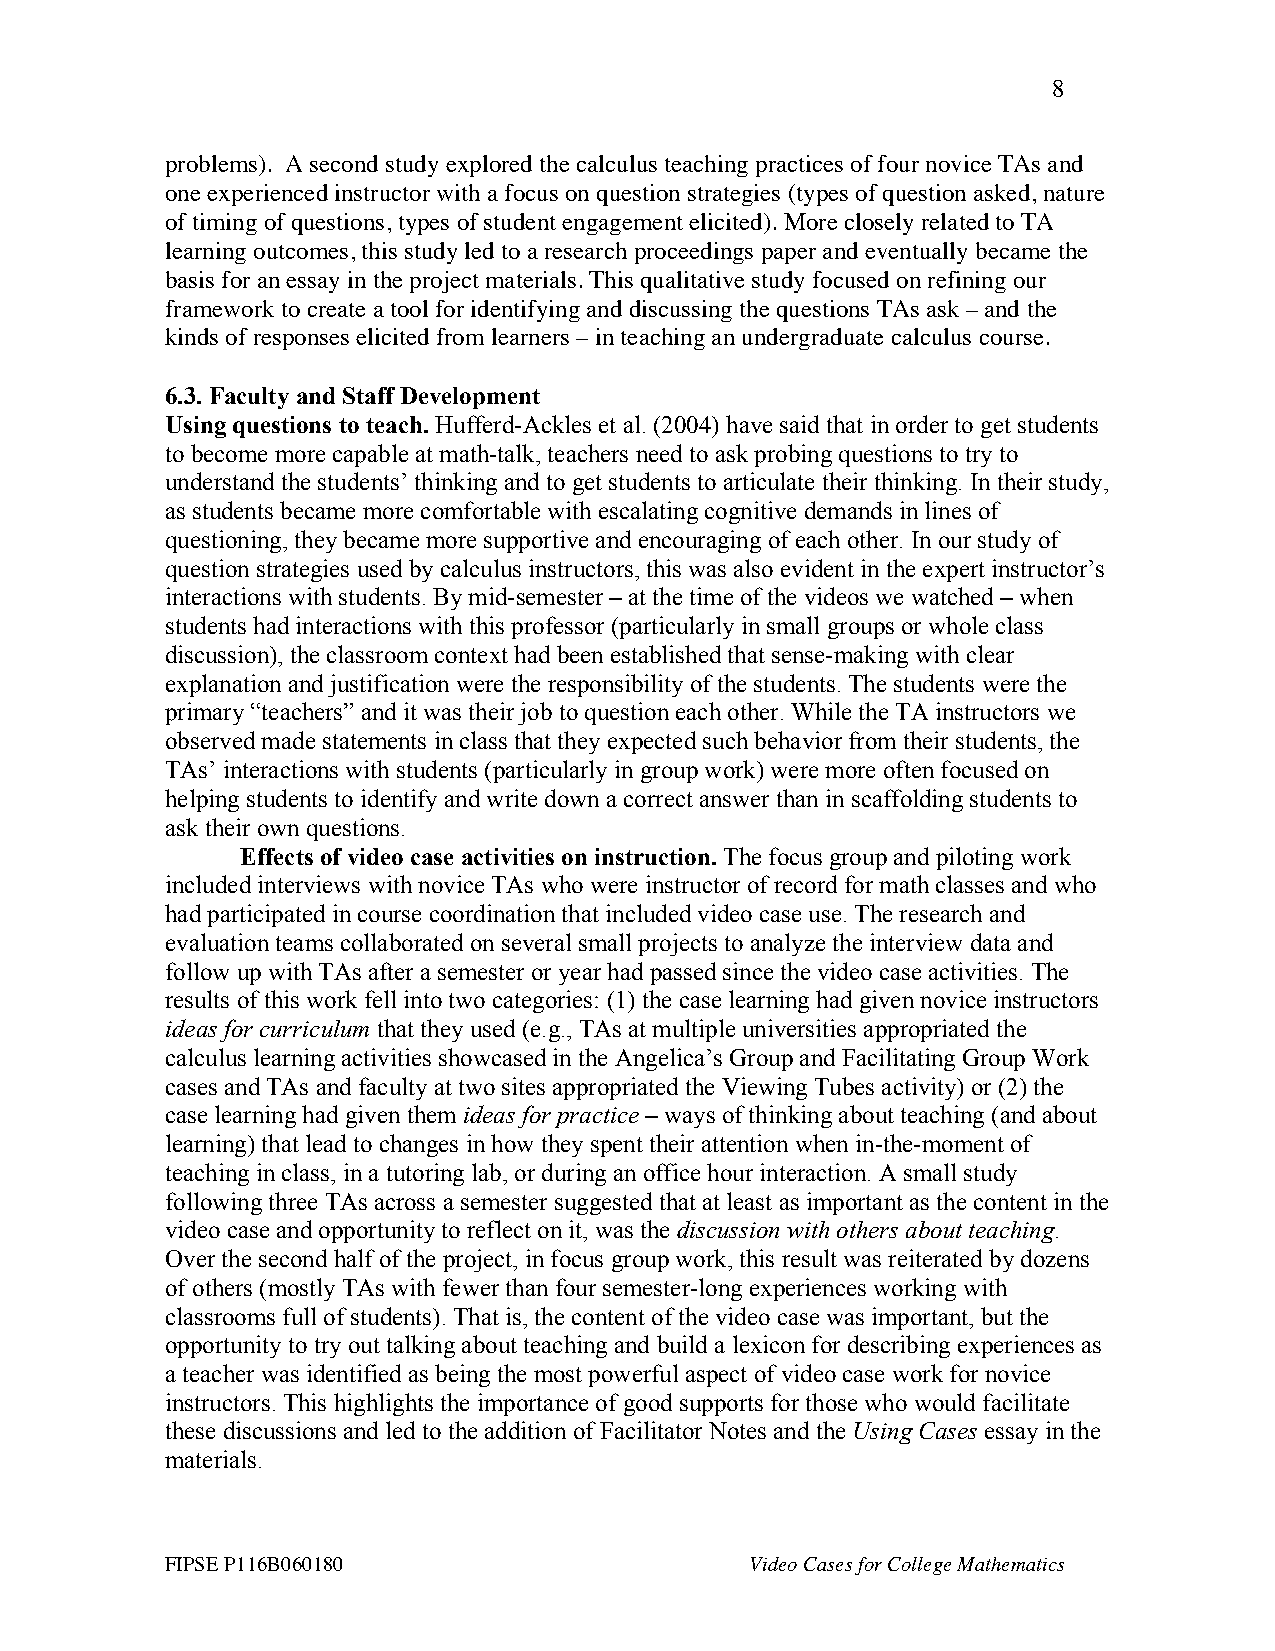
8
 problems). A second study explored the calculus teaching practices of four novice TAs and
 one experienced instructor with a focus on question strategies (types of question asked, nature
 of timing of questions, types of student engagement elicited). More closely related to TA
 learning outcomes, this study led to a research proceedings paper and eventually became the
 basis for an essay in the project materials. This qualitative study focused on refining our
 framework to create a tool for identifying and discussing the questions TAs ask – and the
 kinds of responses elicited from learners – in teaching an undergraduate calculus course.
 6.3. Faculty and Staff Development
 Using questions to teach. Hufferd-Ackles et al. (2004) have said that in order to get students
 to become more capable at math-talk, teachers need to ask probing questions to try to
 understand the students’ thinking and to get students to articulate their thinking. In their study,
 as students became more comfortable with escalating cognitive demands in lines of
 questioning, they became more supportive and encouraging of each other. In our study of
 question strategies used by calculus instructors, this was also evident in the expert instructor’s
 interactions with students. By mid-semester – at the time of the videos we watched – when
 students had interactions with this professor (particularly in small groups or whole class
 discussion), the classroom context had been established that sense-making with clear
 explanation and justification were the responsibility of the students. The students were the
 primary “teachers” and it was their job to question each other. While the TA instructors we
 observed made statements in class that they expected such behavior from their students, the
 TAs’ interactions with students (particularly in group work) were more often focused on
 helping students to identify and write down a correct answer than in scaffolding students to
 ask their own questions.
 Effects of video case activities on instruction. The focus group and piloting work
 included interviews with novice TAs who were instructor of record for math classes and who
 had participated in course coordination that included video case use. The research and
 evaluation teams collaborated on several small projects to analyze the interview data and
 follow up with TAs after a semester or year had passed since the video case activities. The
 results of this work fell into two categories: (1) the case learning had given novice instructors
 ideas for curriculum that they used (e.g., TAs at multiple universities appropriated the
 calculus learning activities showcased in the Angelica’s Group and Facilitating Group Work
 cases and TAs and faculty at two sites appropriated the Viewing Tubes activity) or (2) the
 case learning had given them ideas for practice – ways of thinking about teaching (and about
 learning) that lead to changes in how they spent their attention when in-the-moment of
 teaching in class, in a tutoring lab, or during an office hour interaction. A small study
 following three TAs across a semester suggested that at least as important as the content in the
 video case and opportunity to reflect on it, was the discussion with others about teaching.
 Over the second half of the project, in focus group work, this result was reiterated by dozens
 of others (mostly TAs with fewer than four semester-long experiences working with
 classrooms full of students). That is, the content of the video case was important, but the
 opportunity to try out talking about teaching and build a lexicon for describing experiences as
 a teacher was identified as being the most powerful aspect of video case work for novice
 instructors. This highlights the importance of good supports for those who would facilitate
 these discussions and led to the addition of Facilitator Notes and the Using Cases essay in the
 materials.
 FIPSE P116B060180                      Video Cases for College Mathematics